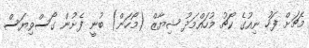
މެޗަށް ފަހު ނިއުގެ ކޯޗު މުހައްމަދު ޝިޔާޒް (މޯހަން) ބުނީ ފެށުން ގޯސްވިޔަސް